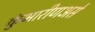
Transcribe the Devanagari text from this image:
कुंभारीणअसे